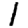
Digit: 1